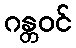
ဂန္တဝင်